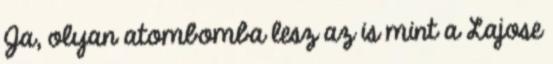
Ja, olyan atombomba lesz az is mint a Lajose